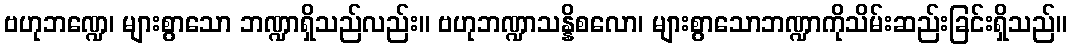
ဗဟုဘဏ္ဍေ၊ များစွာသော ဘဏ္ဍာရှိသည်လည်း။ ဗဟုဘဏ္ဍာသန္နိစလော၊ များစွာသောဘဏ္ဍာကိုသိမ်းဆည်းခြင်းရှိသည်။